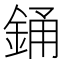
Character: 銿